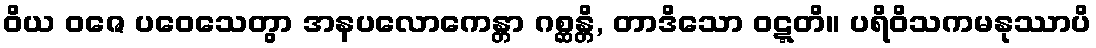
ဝိယ ဝဇေ ပဝေသေတွာ အနပလောကေန္တာ ဂစ္ဆန္တိ, တာဒိသော ဝဋ္ဋတိ။ ပရိဝိသကမနုဿာပိ